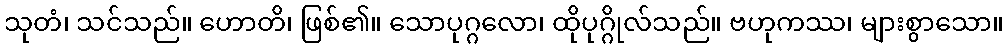
သုတံ၊ သင်သည်။ ဟောတိ၊ ဖြစ်၏။ သောပုဂ္ဂလော၊ ထိုပုဂ္ဂိုလ်သည်။ ဗဟုကဿ၊ များစွာသော။